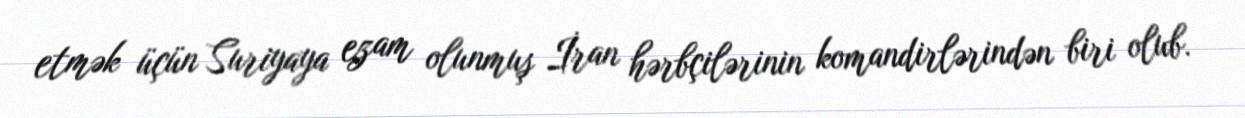
etmək üçün Suriyaya ezam olunmuş İran hərbçilərinin komandirlərindən biri olub.